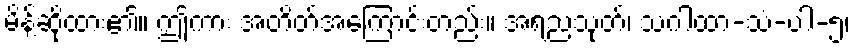
မိန့်ဆိုထား၏။ ဤကား အတိတ်အကြောင်းတည်း။ အရညသုတ်၊ သဂါထာ-သံ-ပါ-၅၊